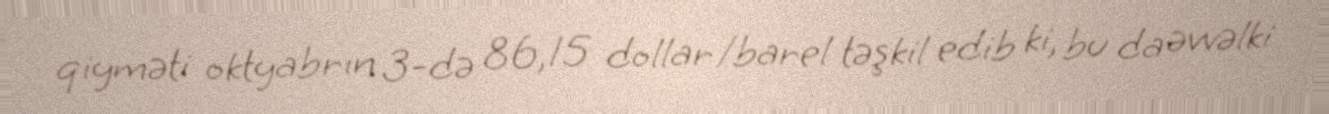
qiyməti oktyabrın 3-də 86,15 dollar/barel təşkil edib ki, bu da əvvəlki